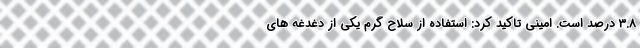
۳.۸ درصد است. امینی تاکید کرد: استفاده از سلاح گرم یکی از دغدغه های